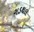
ગડથલ